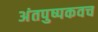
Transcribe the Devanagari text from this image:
अंतपुष्पकवच